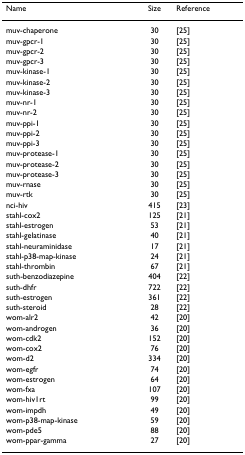
<table><thead><tr><td><b>Name</b></td><td><b>Size</b></td><td><b>Reference</b></td></tr></thead><tbody><tr><td>muv-chaperone</td><td>30</td><td>[25]</td></tr><tr><td>muv-gpcr-1</td><td>30</td><td>[25]</td></tr><tr><td>muv-gpcr-2</td><td>30</td><td>[25]</td></tr><tr><td>muv-gpcr-3</td><td>30</td><td>[25]</td></tr><tr><td>muv-kinase-1</td><td>30</td><td>[25]</td></tr><tr><td>muv-kinase-2</td><td>30</td><td>[25]</td></tr><tr><td>muv-kinase-3</td><td>30</td><td>[25]</td></tr><tr><td>muv-nr-1</td><td>30</td><td>[25]</td></tr><tr><td>muv-nr-2</td><td>30</td><td>[25]</td></tr><tr><td>muv-ppi-1</td><td>30</td><td>[25]</td></tr><tr><td>muv-ppi-2</td><td>30</td><td>[25]</td></tr><tr><td>muv-ppi-3</td><td>30</td><td>[25]</td></tr><tr><td>muv-protease-1</td><td>30</td><td>[25]</td></tr><tr><td>muv-protease-2</td><td>30</td><td>[25]</td></tr><tr><td>muv-protease-3</td><td>30</td><td>[25]</td></tr><tr><td>muv-rnase</td><td>30</td><td>[25]</td></tr><tr><td>muv-rtk</td><td>30</td><td>[25]</td></tr><tr><td>nci-hiv</td><td>415</td><td>[23]</td></tr><tr><td>stahl-cox2</td><td>125</td><td>[21]</td></tr><tr><td>stahl-estrogen</td><td>53</td><td>[21]</td></tr><tr><td>stahl-gelatinase</td><td>40</td><td>[21]</td></tr><tr><td>stahl-neuraminidase</td><td>17</td><td>[21]</td></tr><tr><td>stahl-p38-map-kinase</td><td>24</td><td>[21]</td></tr><tr><td>stahl-thrombin</td><td>67</td><td>[21]</td></tr><tr><td>suth-benzodiazepine</td><td>404</td><td>[22]</td></tr><tr><td>suth-dhfr</td><td>722</td><td>[22]</td></tr><tr><td>suth-estrogen</td><td>361</td><td>[22]</td></tr><tr><td>suth-steroid</td><td>28</td><td>[22]</td></tr><tr><td>wom-alr2</td><td>42</td><td>[20]</td></tr><tr><td>wom-androgen</td><td>36</td><td>[20]</td></tr><tr><td>wom-cdk2</td><td>152</td><td>[20]</td></tr><tr><td>wom-cox2</td><td>76</td><td>[20]</td></tr><tr><td>wom-d2</td><td>334</td><td>[20]</td></tr><tr><td>wom-egfr</td><td>74</td><td>[20]</td></tr><tr><td>wom-estrogen</td><td>64</td><td>[20]</td></tr><tr><td>wom-fxa</td><td>107</td><td>[20]</td></tr><tr><td>wom-hiv1rt</td><td>99</td><td>[20]</td></tr><tr><td>wom-impdh</td><td>49</td><td>[20]</td></tr><tr><td>wom-p38-map-kinase</td><td>59</td><td>[20]</td></tr><tr><td>wom-pde5</td><td>88</td><td>[20]</td></tr><tr><td>wom-ppar-gamma</td><td>27</td><td>[20]</td></tr></tbody></table>